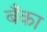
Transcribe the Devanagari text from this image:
बॅँका